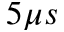
5 \mu s